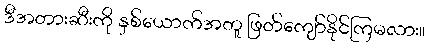
ဒီအတားဆီးကို နှစ်ယောက်အတူ ဖြတ်ကျော်နိုင်ကြမလား။